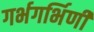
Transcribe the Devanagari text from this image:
गर्भगर्भिणी